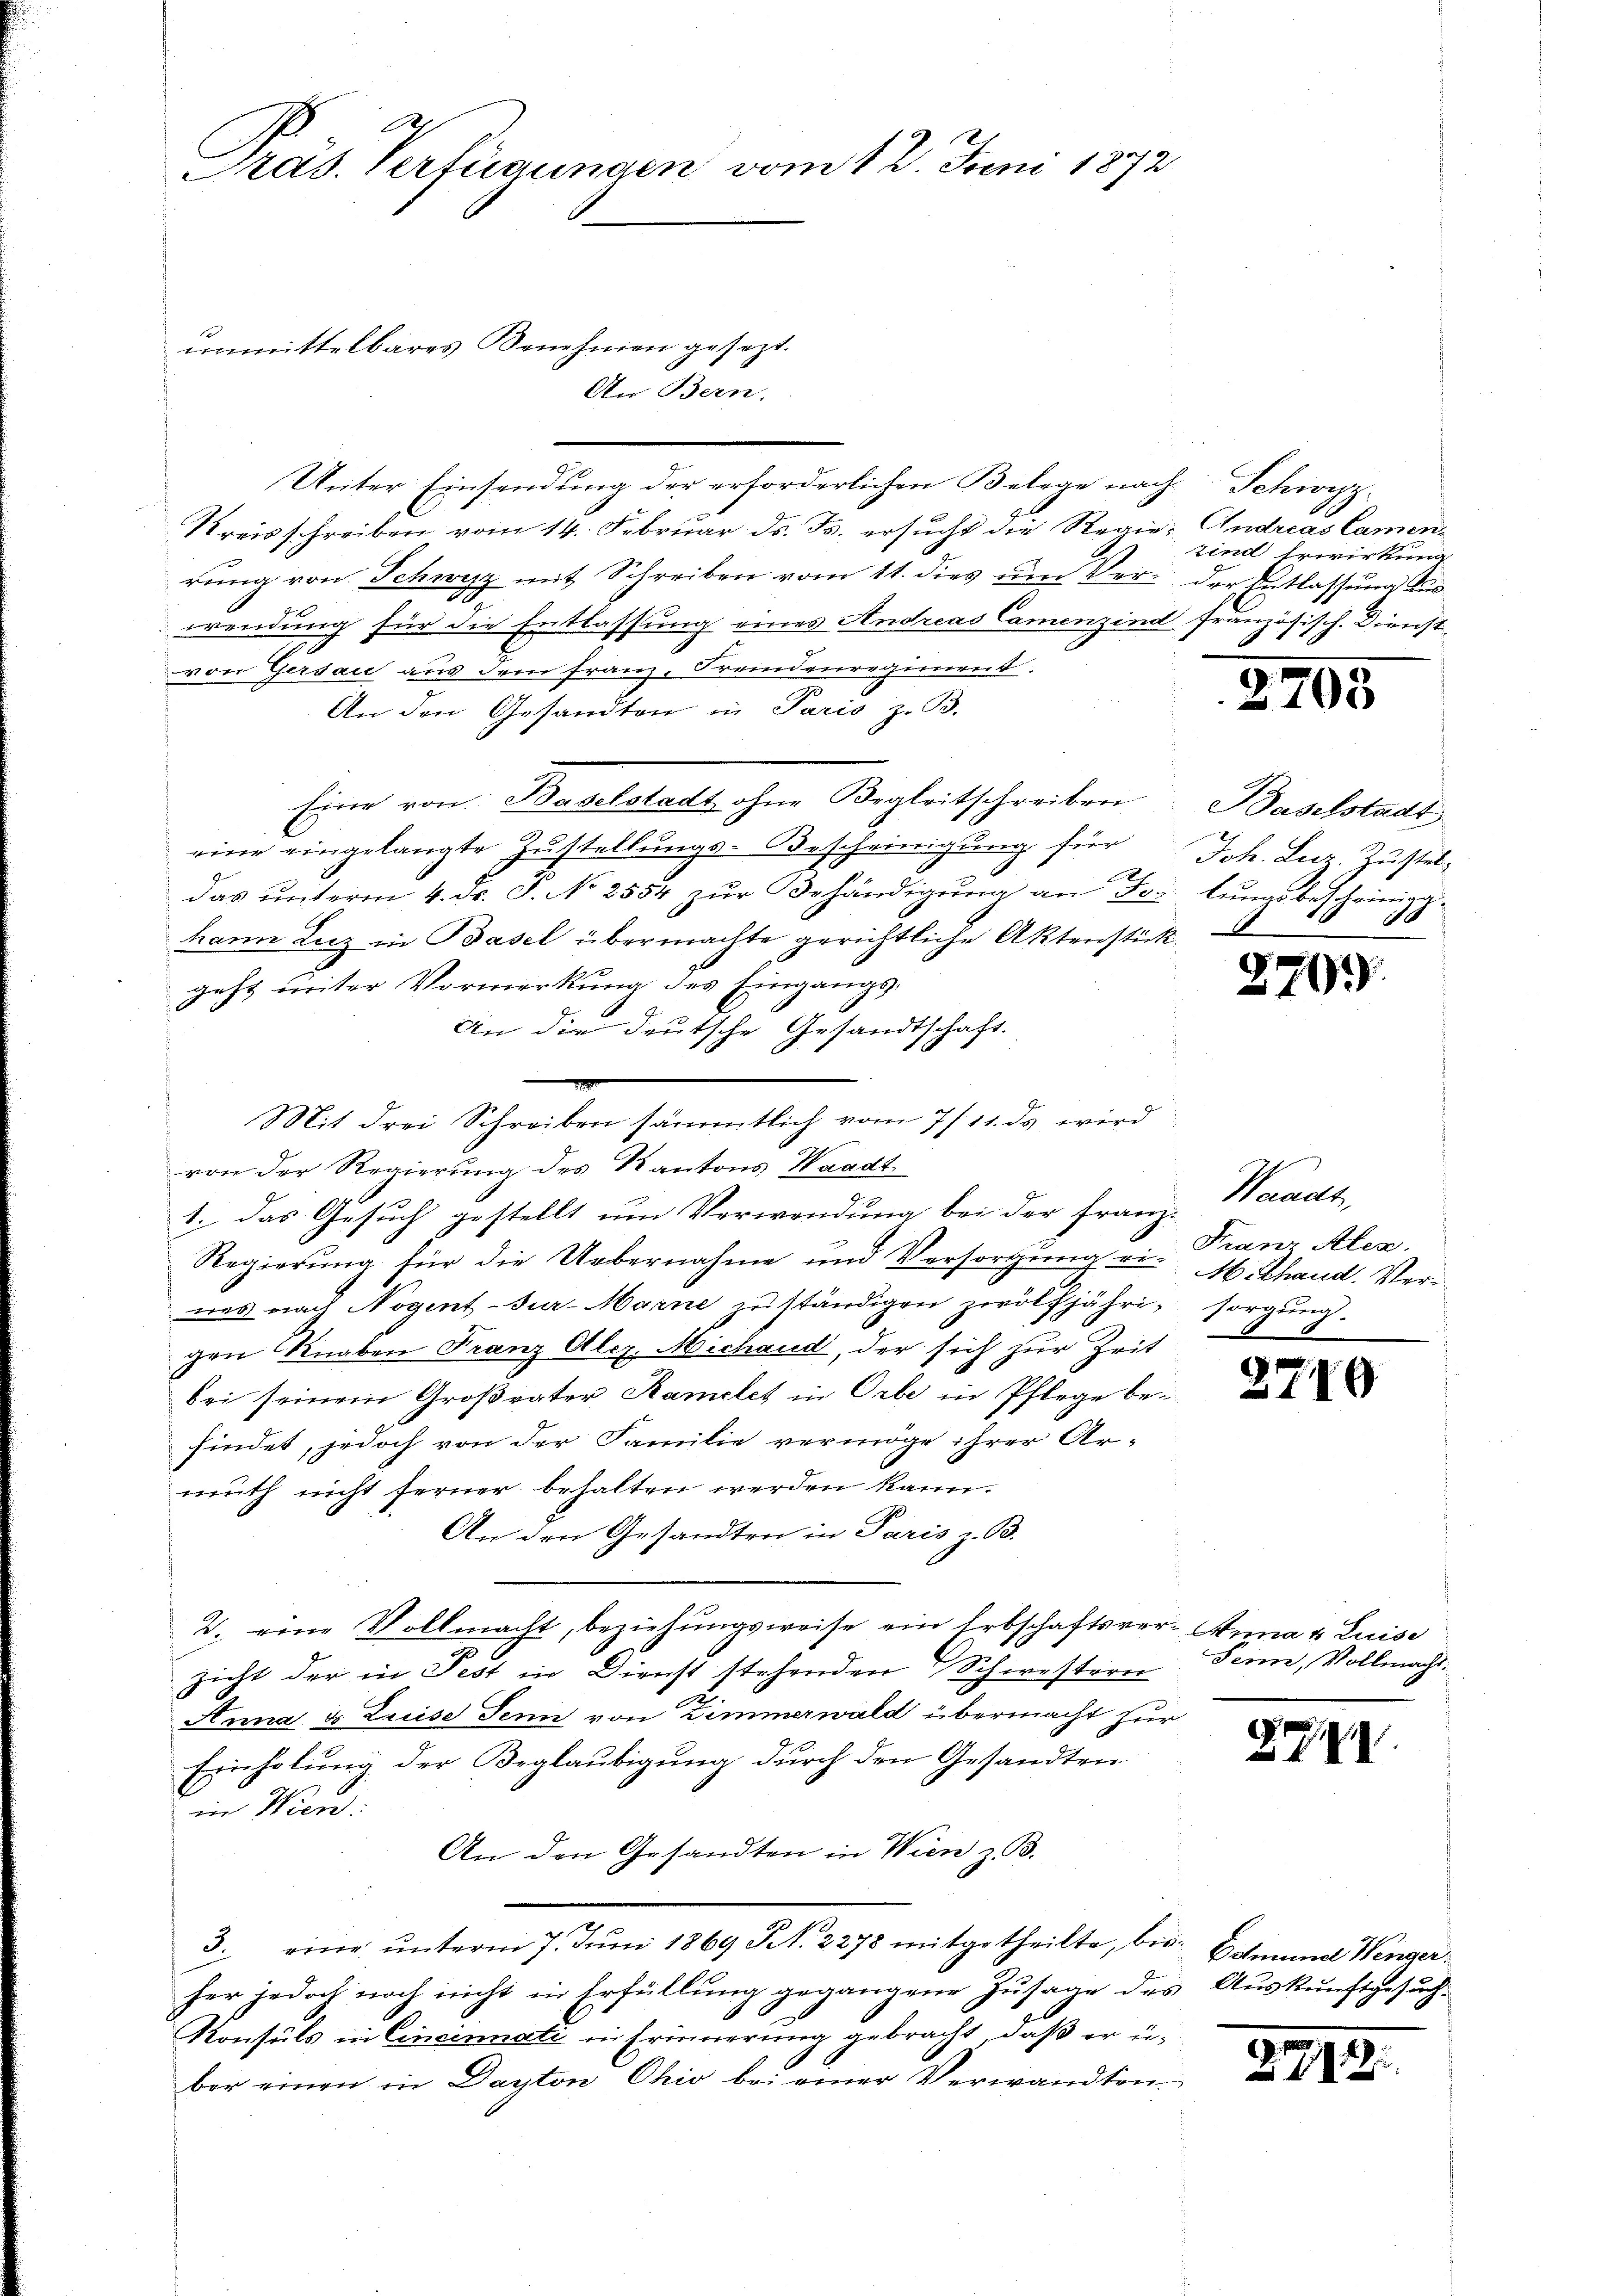
Pras. Verfügungen vom 12. Juni 1872
unmittelbares Benehmen gesezt.
An Bern,

Unter Einsendung der erforderlichen Belege nach Schwyz
Kreisschreiben vom 14. Februar ds. B. ersucht die Regie- Andreas Camen-
rung von Schwyz mit Schreiben vom 11. dies um Ver- der Entlassung auswendung für die Entlassung eines Andreas Camenzind französisch. Dienst
von Gersau aus dem Franz. Fremdenregiment.
An den Gesandten in Paris z. B.
Eine von Baselstadt ohne Begleitschreiben Baselstadt
eine eingelangte Zustellungs-Bescheinigung für Joh. Lur. Zusteldas unterm 4. d. J. No 2554 zur Behändigung an Fr. lungsbescheiniggkann Luz in Basel übermachte gerichtliche Aktenstück
geht unter Vormerkung des Eingangs¬
An die deutsche Gesandtschaft.
Mit drei Schreiben sämmtlich vom 7./11. ds wird
von der Regierung des Kantons Waadt
1. das Gesuch gestellt um Verwendung bei der Franz-
Regierung für die Uebernahme und Versorgung ein M. Thand. Verwas nach Nogent-Tur-Marne zu ständigen zwölfjähri- sorgung.
gen Knaben Franz Alez. Michaud, der sich zur Zeit
bei seinem Großvater Rameles in Orte in Pflege befindet, jedoch von der Familie vermöge ihrer Armuth nicht ferner behalten werden kann.
An den Gesandten in Paris z. B.
2. eine Vollmacht, beziehungsweise ein Erbschaftsver- Anna u. Luise
zicht der in Fest in Dienst stehenden Schwestern
2
Anna u. Luise Jenn von Zimmerwald übermacht zur
Einholung der Beglaubigung durch den Gesandten
in Wien.
An den Gesandten in Wien z. B.
3. eine ŭnterm 7. Jŭni 1869 S. 2278 mitgetheilte, bis Schmund Wenger
her jedoch noch nicht in Erfüllung gegangene Zusage des Auskunftgesuch¬
Konsuls in Cincinati in Erinnerung gebracht, daß er über einen in Dayton Chio bei einer Verwandten

6

2705

zind Erwirkung

.

279.

Waadt,
Franz Alex.

Seine, Vollmacht.

9